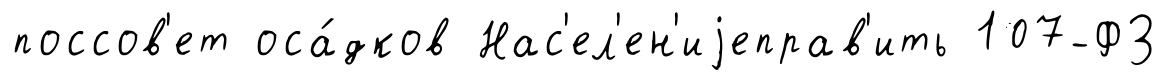
поссов'ет оса́дков Нас'ел'ен'иjеправ'ить 107-ФЗ